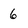
Character: 6